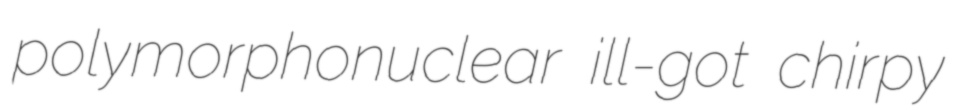
polymorphonuclear ill-got chirpy